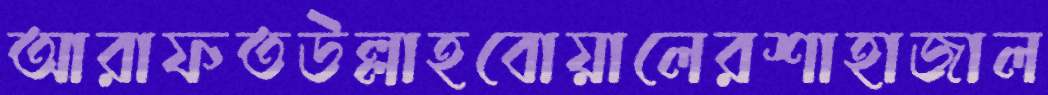
আরাফতউল্লাহবোয়ালেরশাহাজাল